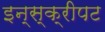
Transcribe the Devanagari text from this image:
इन्स्क्रीपट